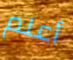
أعلم